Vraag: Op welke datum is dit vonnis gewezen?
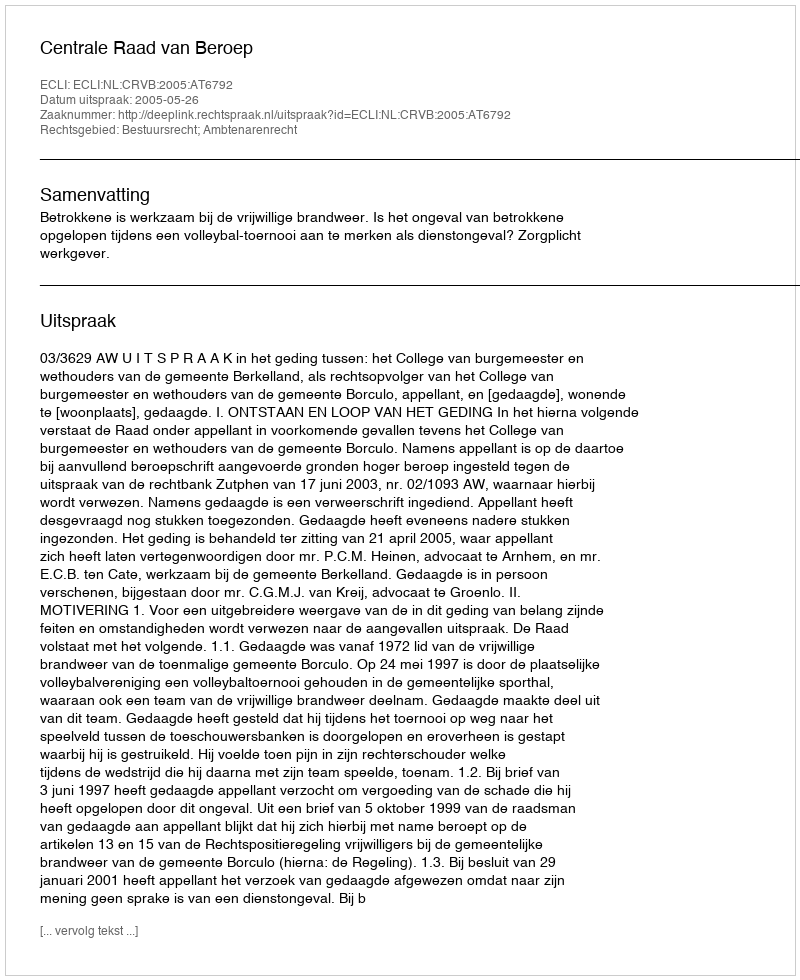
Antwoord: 2005-05-26